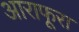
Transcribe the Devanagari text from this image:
आराफूरा